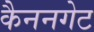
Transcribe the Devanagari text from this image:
कैननगेट